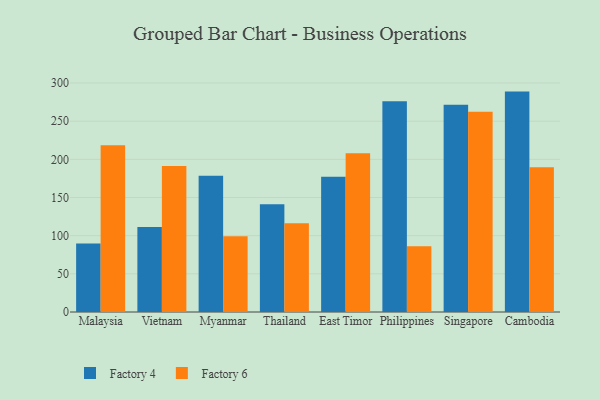
{"axis": {"x": "Country", "y": "Shipments"}, "legend": ["Factory 4", "Factory 6"], "data": [{"x": "Malaysia", "y": 89.6, "type": "Factory 4"}, {"x": "Malaysia", "y": 218.3, "type": "Factory 6"}, {"x": "Vietnam", "y": 111.4, "type": "Factory 4"}, {"x": "Vietnam", "y": 191.3, "type": "Factory 6"}, {"x": "Myanmar", "y": 178.6, "type": "Factory 4"}, {"x": "Myanmar", "y": 99.1, "type": "Factory 6"}, {"x": "Thailand", "y": 141.0, "type": "Factory 4"}, {"x": "Thailand", "y": 116.4, "type": "Factory 6"}, {"x": "East Timor", "y": 177.1, "type": "Factory 4"}, {"x": "East Timor", "y": 208.1, "type": "Factory 6"}, {"x": "Philippines", "y": 275.9, "type": "Factory 4"}, {"x": "Philippines", "y": 86.1, "type": "Factory 6"}, {"x": "Singapore", "y": 271.6, "type": "Factory 4"}, {"x": "Singapore", "y": 262.4, "type": "Factory 6"}, {"x": "Cambodia", "y": 288.7, "type": "Factory 4"}, {"x": "Cambodia", "y": 189.5, "type": "Factory 6"}]}